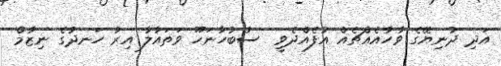
އަދި ދުނިޔޭގެ ވާހާއެއްޗެއް އުފެއްދެވީ  ސުބުހާނަހޫ ވަތައާލާ އިރު ހަނދުގެ ނިޒާމް